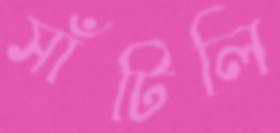
সাঁটিলি